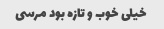
خیلی خوب و تازه بود مرسی